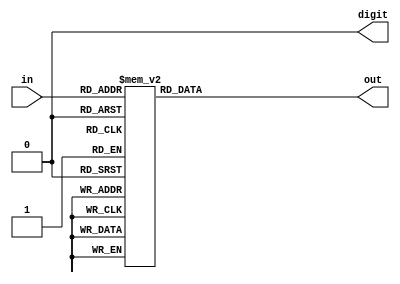
`timescale 1ns / 1ps
//////////////////////////////////////////////////////////////////////////////////
// Company: Prince of Songkla University
// 
// Design Name: Nattapon Jutamas [5710110137]
// Project Name: Introduction to FPGA design using Verilog
//////////////////////////////////////////////////////////////////////////////////
module sevenSegment (
	input [3:0] in,
	output digit,
	output [7:0] out
	);
	
	reg [7:0] sseg_temp;
 
	always @ (*)
	begin
		case(in)
		4'b0000 : sseg_temp = 8'b00111111; //to display 0
		4'b0001 : sseg_temp = 8'b00000110; //to display 1
		4'b0010 : sseg_temp = 8'b01011011; //to display 2
		4'b0011 : sseg_temp = 8'b01001111; //to display 3
		4'b0100 : sseg_temp = 8'b01100110; //to display 4
		4'b0101 : sseg_temp = 8'b01101101; //to display 5
		4'b0110 : sseg_temp = 8'b01111101; //to display 6
		4'b0111 : sseg_temp = 8'b00000111; //to display 7
		4'b1000 : sseg_temp = 8'b01111111; //to display 8
		4'b1001 : sseg_temp = 8'b01101111; //to display 9
		4'b1010 : sseg_temp = 8'b01110111; //to display A
		4'b1011 : sseg_temp = 8'b01111001; //to display b
		4'b1100 : sseg_temp = 8'b01011000; //to display c
		4'b1101 : sseg_temp = 8'b01011110; //to display d
		4'b1110 : sseg_temp = 8'b01111001; //to display E
		4'b1111 : sseg_temp = 8'b01110001; //to display F
		default : sseg_temp = 8'b01000000; //dash
		endcase
	end

	assign out = sseg_temp;
	assign digit = 0;

endmodule

/*
module seg (bcd, seg, digit);
	input [3:0] bcd;
	output [7:0] seg;
	output digit;
	
	reg [7:0] tmp;
	
	always @ *
	case (bcd)
		4'b0000 : tmp = 8'b0011_1111;	// 0
		4'b0001 : tmp = 8'b0000_0110;	// 1
		4'b0010 : tmp = 8'b0101_1011;	// 2
		4'b0011 : tmp = 8'b0100_1111;	// 3
		4'b0100 : tmp = 8'b0110_0110;	// 4
		4'b0101 : tmp = 8'b0110_1101;	// 5
		4'b0110 : tmp = 8'b0111_1101;	// 6
		4'b0111 : tmp = 8'b0000_0111;	// 7
		4'b1000 : tmp = 8'b0111_1111;	// 8
		4'b1001 : tmp = 8'b0110_1111;	// 9
		
		4'b1010 : tmp = 8'b0111_0111;	// A
		4'b1011 : tmp = 8'b0111_1100;	// b
		4'b1100 : tmp = 8'b0101_1000;	// c
		4'b1101 : tmp = 8'b0101_1110;	// d
		4'b1110 : tmp = 8'b0111_1001;	// E
		4'b1111 : tmp = 8'b0111_0001;	// F
		default : tmp = 8'b0100_0000;
	endcase
	assign seg = tmp;
*/